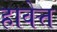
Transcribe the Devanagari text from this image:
हावेत्त